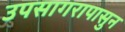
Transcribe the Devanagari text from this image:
उपसागरापासुन